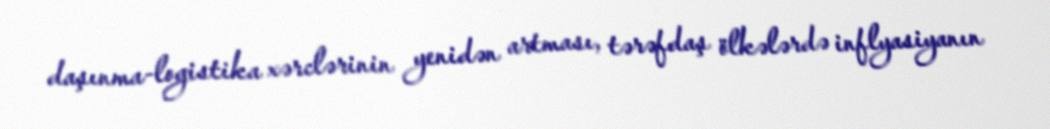
daşınma-logistika xərclərinin yenidən artması, tərəfdaş ölkələrdə inflyasiyanın